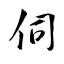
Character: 伺